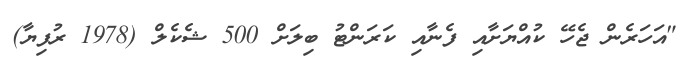
"އަހަރެން ޖެހޭ ކުއްޔަށާއި ފެނާއި ކަރަންޓު ބިލަށް 500 ޝެކެލް (1978 ރުފިޔާ)